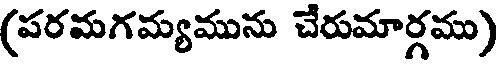
(పరమగమ్యమును చేరుమార్గము)